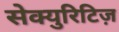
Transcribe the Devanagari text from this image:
सेक्युरिटिज़